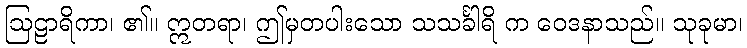
ဩဠာရိကာ၊ ၏။ ဣတရာ၊ ဤမှတပါးသော သသင်္ခါရိ က ဝေဒနာသည်။ သုခုမာ၊